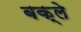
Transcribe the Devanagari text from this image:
बक्ले